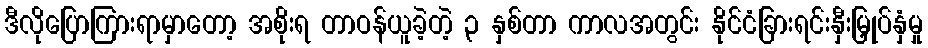
ဒီလိုပြောကြားရာမှာတော့ အစိုးရ တာဝန်ယူခဲ့တဲ့ ၃ နှစ်တာ ကာလအတွင်း နိုင်ငံခြားရင်းနှီးမြှုပ်နှံမှု